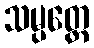
သမ္ပတ္တေ